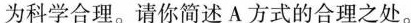
为科学合理。请你简述A方式的合理之处。